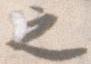
之